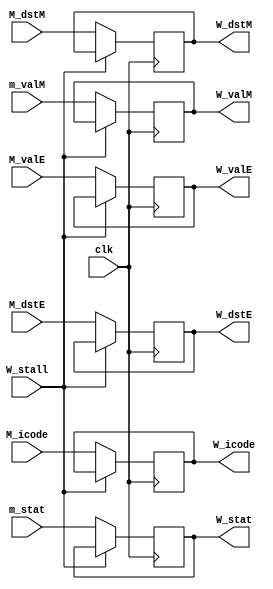
module W_register(clk,m_stat,M_icode,M_valE,m_valM, M_dstE, M_dstM,W_stall, W_stat,W_icode, W_valE, W_valM,W_dstE,W_dstM); 

input clk;
input [2:0] m_stat;
input [3:0] M_icode;
input [63:0] M_valE, m_valM;
input [3:0] M_dstE, M_dstM;
input W_stall;

output reg [2:0] W_stat;
output reg [3:0] W_icode;
output reg [63:0] W_valE, W_valM;
output reg [3:0] W_dstE, W_dstM;

// initial begin 
//     W_stat = 1;
// end

always @(posedge clk)begin
    // if (m_stat == 1'hx)
    // W_stat = 1'b1;
    if(W_stall == 1'b0)begin
        W_stat <= m_stat;
        W_icode <= M_icode;
        W_valE <= M_valE;
        W_valM <= m_valM;
        W_dstE <= M_dstE; 
        W_dstM <= M_dstM;

    end
end

endmodule